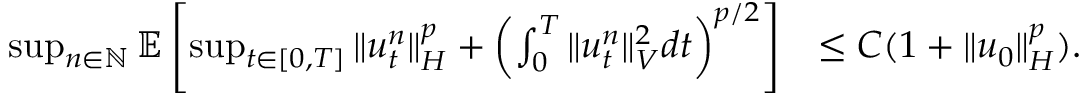
\begin{array} { r l } { \operatorname* { s u p } _ { n \in \mathbb { N } } \mathbb { E } \left[ \operatorname* { s u p } _ { t \in [ 0 , T ] } \| u _ { t } ^ { n } \| _ { H } ^ { p } + \left( \int _ { 0 } ^ { T } \| u _ { t } ^ { n } \| _ { V } ^ { 2 } d t \right) ^ { p / 2 } \right] } & { \leq C ( 1 + \| u _ { 0 } \| _ { H } ^ { p } ) . } \end{array}